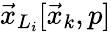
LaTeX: \vec{x}_{L_{i}}[\vec{x}_{k},p]